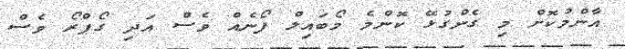
އާންމުކޮށް މި ގެންގުޅޭ ކޮންމެ މޯބައިލް ފޯނެއް ވެސް އަދި ގޯޕްރޯ ވެސް